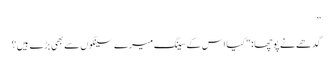
”
گدھے نے پوچھا: "کیا اس کے سینگ میرے سینگوں سے بھی بڑے ہیں؟